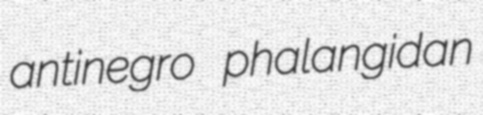
antinegro phalangidan